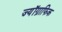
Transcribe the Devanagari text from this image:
ज्यॉग्राफिक